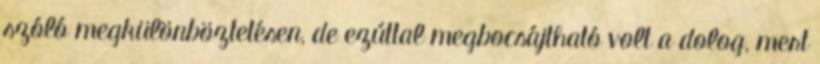
szóló megkülönböztetésen, de ezúttal megbocsájtható volt a dolog, mert